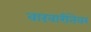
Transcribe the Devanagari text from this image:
वारंवारीतेवर